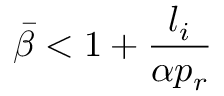
\bar { \beta } < 1 + \frac { l _ { i } } { \alpha p _ { r } }